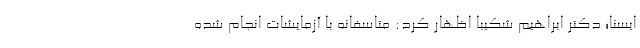
ایسنا؛ دکتر ابراهیم شکیبا اظهار کرد: متاسفانه با آزمایشات انجام شده